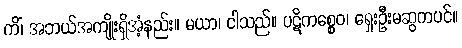
ကိံ၊ အဘယ်အကျိုးရှိအံ့နည်း။ မယာ၊ ငါသည်။ ပဋိကစ္စေဝ၊ ရှေးဦးမဆွကပင်။